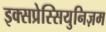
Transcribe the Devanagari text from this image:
इक्सप्रेस्सियुनिज़म